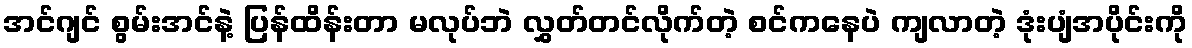
အင်ဂျင် စွမ်းအင်နဲ့ ပြန်ထိန်းတာ မလုပ်ဘဲ လွှတ်တင်လိုက်တဲ့ စင်ကနေပဲ ကျလာတဲ့ ဒုံးပျံအပိုင်းကို